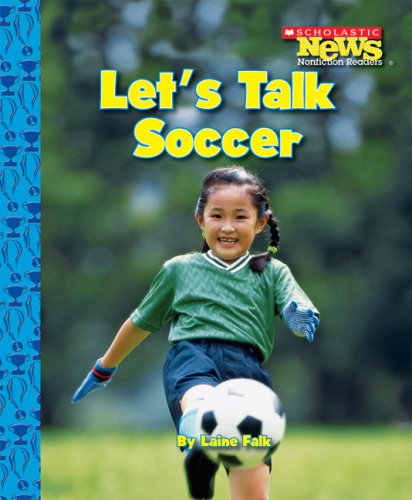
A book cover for Let's Talk Soccer (Scholastic News Nonfiction Readers); Laine Falk; Children's Books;